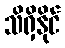
သိရှိနိုင်